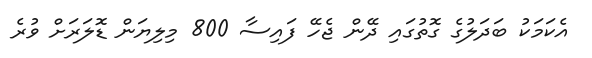
އެކަމަކު ބަދަލުގެ ގޮތުގައި ދޭން ޖެހޭ ފައިސާ 800 މިލިޔަން ޑޮލަރަށް ވުރެ